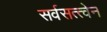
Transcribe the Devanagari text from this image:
सर्वसत्त्वेन